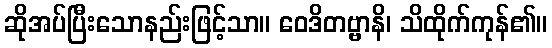
ဆိုအပ်ပြီးသောနည်းဖြင့်သာ။ ဝေဒိတဗ္ဗာနိ၊ သိထိုက်ကုန်၏။